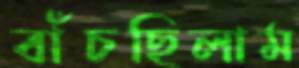
বাঁচছিলাম